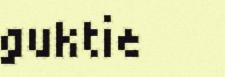
guktie